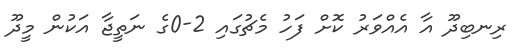
ރިނބިދޫ އާ އެއްވަރު ކޮށް ފަހު މެޗުގައި 2-0ގެ ނަތީޖާ އަކުން މީދޫ